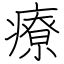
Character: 療